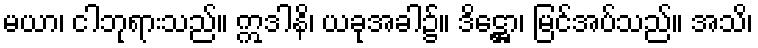
မယာ၊ ငါဘုရားသည်။ ဣဒါနိ၊ ယခုအခါ၌။ ဒိဋ္ဌော၊ မြင်အပ်သည်။ အသိ၊